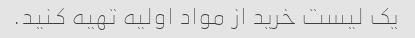
یک لیست خرید از مواد اولیه تهیه کنید.